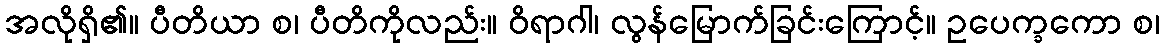
အလိုရှိ၏။ ပီတိယာ စ၊ ပီတိကိုလည်း။ ဝိရာဂါ၊ လွန်မြောက်ခြင်းကြောင့်။ ဥပေက္ခကော စ၊